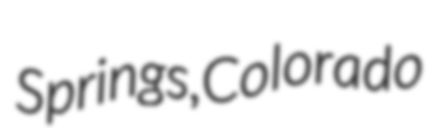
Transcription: Springs, Colorado